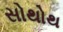
સોથોથ